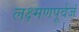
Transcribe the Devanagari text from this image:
लक्ष्मणपूर्वजं